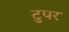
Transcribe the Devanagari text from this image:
टुपर